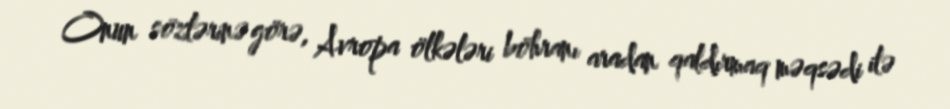
Onun sözlərinə görə, Avropa ölkələri böhranı aradan qaldırmaq məqsədi ilə